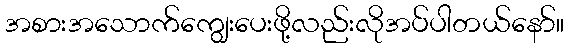
အစားအသောက်ကျွေးပေးဖို့လည်းလိုအပ်ပါတယ်နော်။